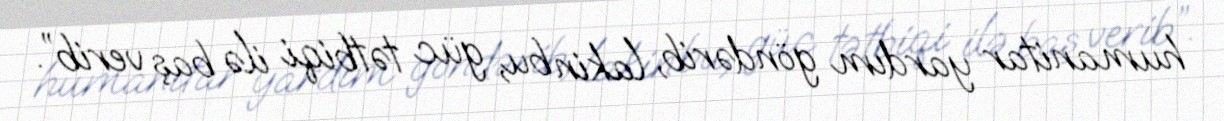
humanitar yardım göndərib, lakin bu, güc tətbiqi ilə baş verib”.